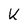
Character: k